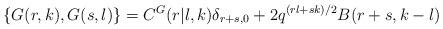
LaTeX: \begin{align*}\hskip -130pt\{G(r,k),G(s,l)\}= C^G(r\vert l,k)\delta_{r+s,0} + 2q^{(rl+sk)/2}B(r+s,k-l)\end{align*}